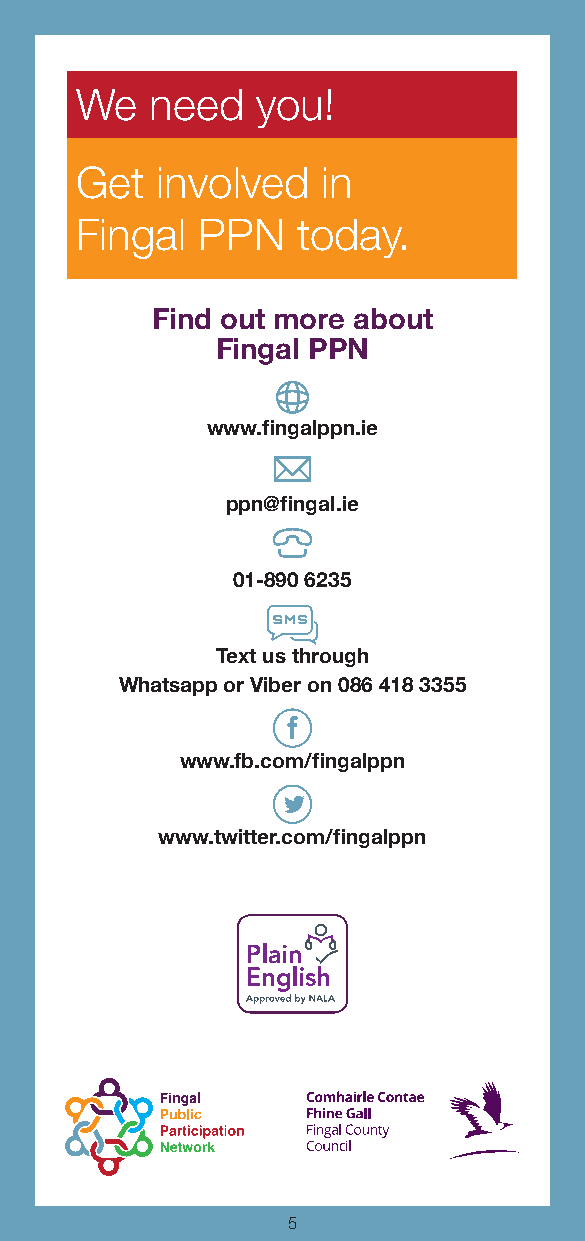
We   need   you!
 Get  involved   in
 Fingal  PPN    today.
 Find out more about
 Fingal PPN
 www.fingalppn.ie
 ppn@fingal.ie
 01-890 6235
 Text us through
 Whatsapp or Viber on 086 418 3355
 www.fb.com/fingalppn
 www.twitter.com/fingalppn
 4                  5